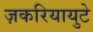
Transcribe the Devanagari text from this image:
ज़करियायुटे